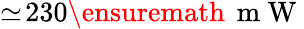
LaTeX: \simeq\! 230\ensuremath{\, \mathrm{~m~W~}}